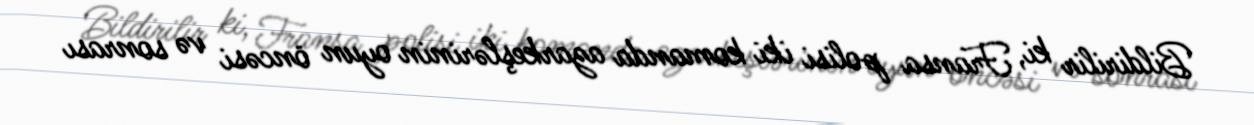
Bildirilir ki, Fransa polisi iki komanda azarkeşlərinin oyun öncəsi və sonrası